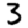
Digit: 3